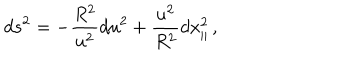
LaTeX: d s ^ { 2 } = - \frac { R ^ { 2 } } { u ^ { 2 } } d u ^ { 2 } + \frac { u ^ { 2 } } { R ^ { 2 } } d x _ { \parallel } ^ { 2 } \, ,